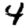
Digit: 4